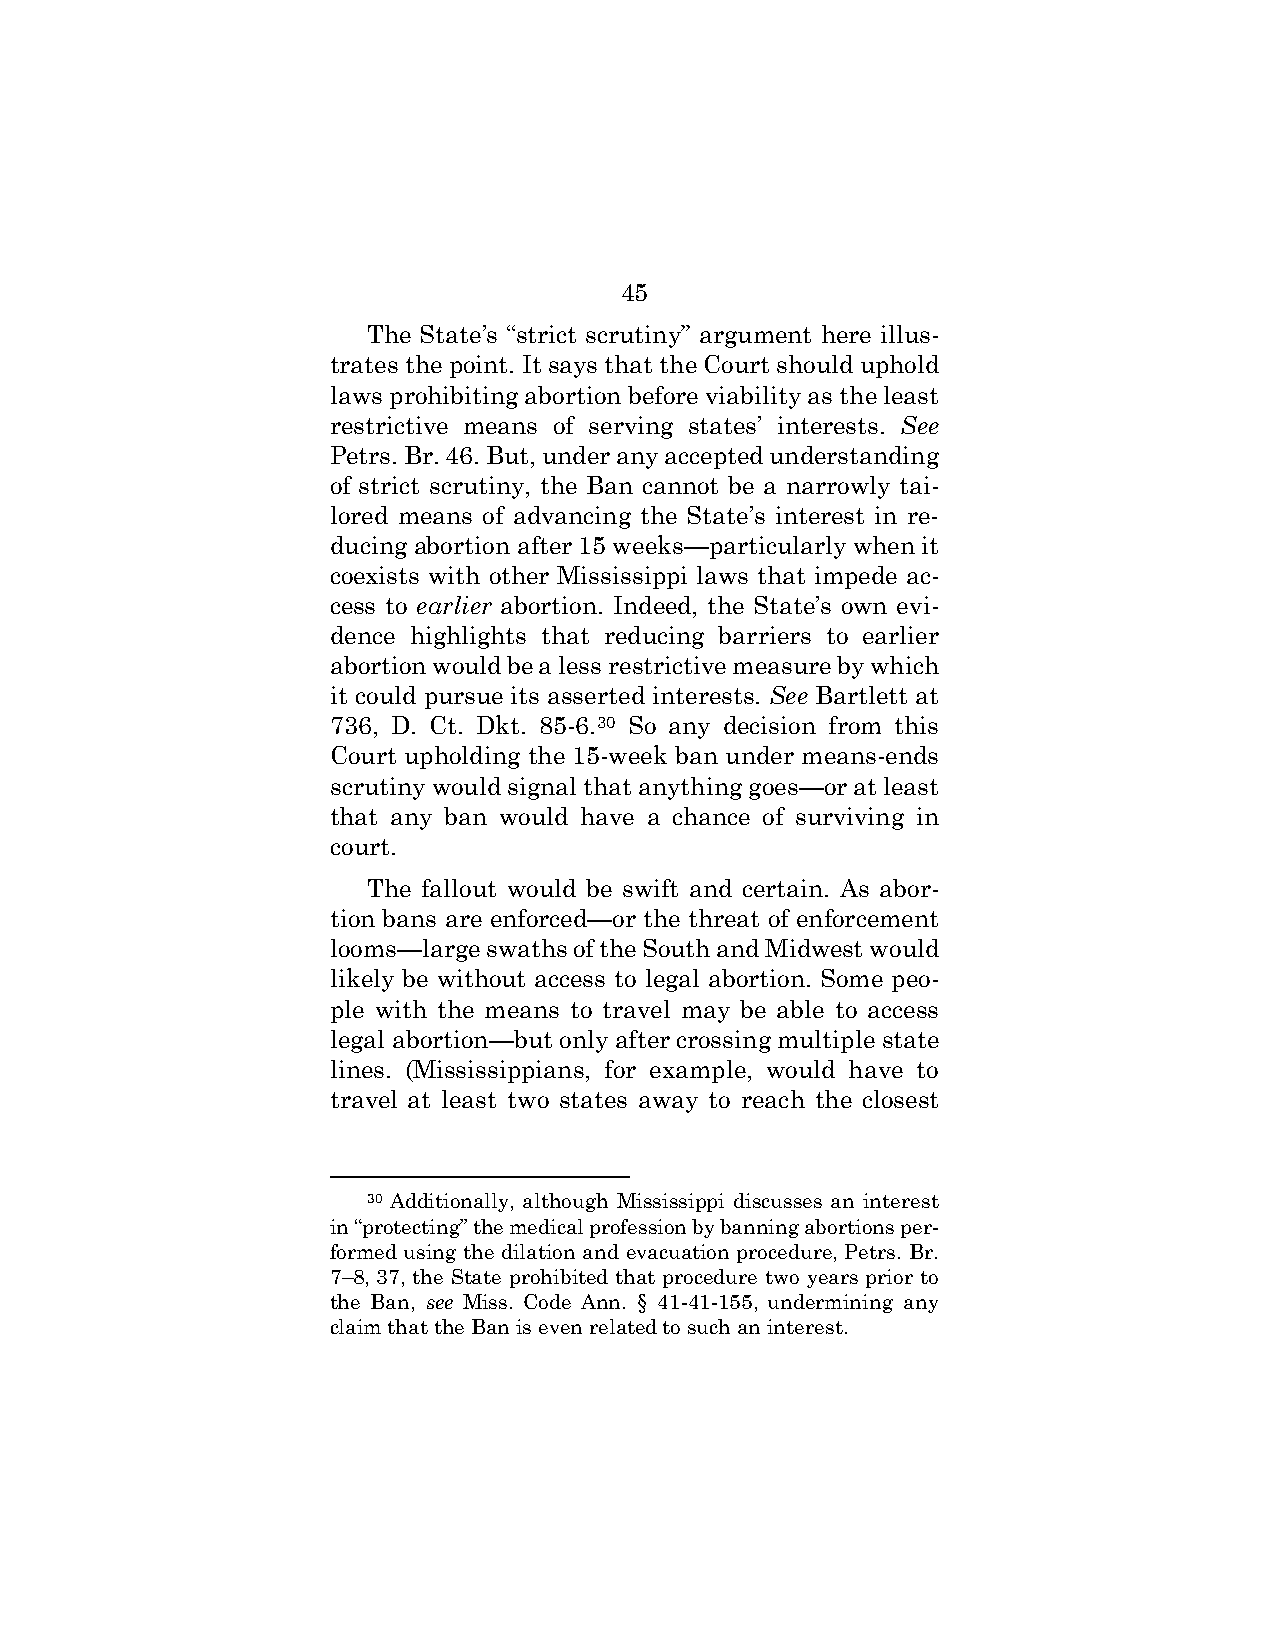
45
 The State’s “strict scrutiny” argument here illus-
 trates the point. It says that the Court should uphold
 laws prohibiting abortion before viability as the least
 restrictive means of serving states’ interests. See
 Petrs. Br. 46. But, under any accepted understanding
 of strict scrutiny, the Ban cannot be a narrowly tai-
 lored means of advancing the State’s interest in re-
 ducing abortion after 15 weeks—particularly when it
 coexists with other Mississippi laws that impede ac-
 cess to earlier abortion. Indeed, the State’s own evi-
 dence highlights that reducing barriers to earlier
 abortion would be a less restrictive measure by which
 it could pursue its asserted interests. See Bartlett at
 736, D. Ct. Dkt. 85-6.30 So any decision from this
 Court upholding the 15-week ban under means-ends
 scrutiny would signal that anything goes—or at least
 that any ban would have a chance of surviving in
 court.
 The fallout would be swift and certain. As abor-
 tion bans are enforced—or the threat of enforcement
 looms—large swaths of the South and Midwest would
 likely be without access to legal abortion. Some peo-
 ple with the means to travel may be able to access
 legal abortion—but only after crossing multiple state
 lines. (Mississippians, for example, would have to
 travel at least two states away to reach the closest
 30 Additionally, although Mississippi discusses an interest
 in “protecting” the medical profession by banning abortions per-
 formed using the dilation and evacuation procedure, Petrs. Br.
 7–8, 37, the State prohibited that procedure two years prior to
 the Ban, see Miss. Code Ann. § 41-41-155, undermining any
 claim that the Ban is even related to such an interest.